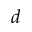
d